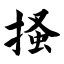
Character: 搔